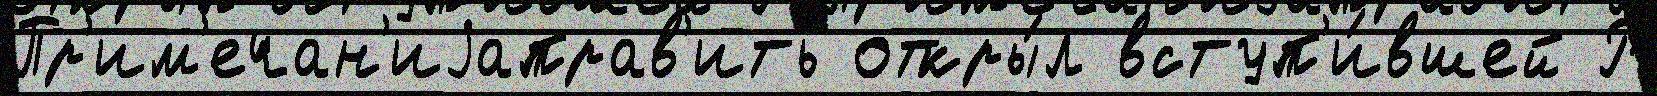
Пр'им'ечан'иjаправ'ить откры́л вступ'и́вшей Р